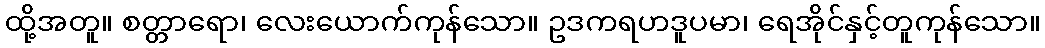
ထို့အတူ။ စတ္တာရော၊ လေးယောက်ကုန်သော။ ဥဒကရဟဒူပမာ၊ ရေအိုင်နှင့်တူကုန်သော။